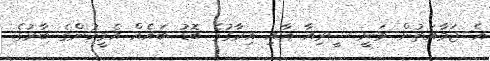
އެ ޖަމާއަތުން ވަނީ ސީރިއާ އާއި އިރާގުގެ ބޮޑު ބައެއް އެމީހުންގެ ބާރުގެ